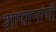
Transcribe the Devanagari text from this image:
शायानांची